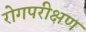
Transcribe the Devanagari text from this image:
रोगपरीक्षण